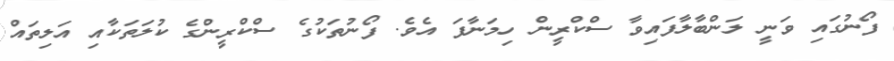
ފޯނުގައި ވަނީ ލަންބާލާފައިވާ ސްކްރީން ހިމަނާފަ އެވެ. ފޯނުތަކުގެ ސްކްރީންގެ ކުލަތަކާއި އަލިތައް